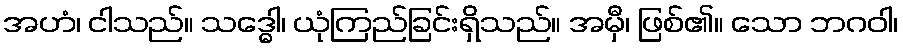
အဟံ၊ ငါသည်။ သဒ္ဓေါ၊ ယုံကြည်ခြင်းရှိသည်။ အမှီ၊ ဖြစ်၏။ သော ဘဂဝါ၊